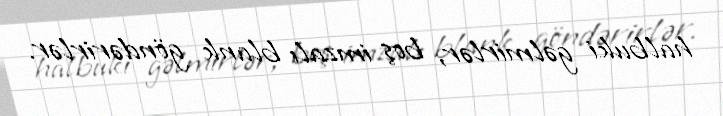
halbuki gəlmirlər, boş imzalı blank göndərirlər.